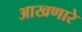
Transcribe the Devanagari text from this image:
आखणारे